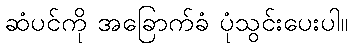
ဆံပင်ကို အခြောက်ခံ ပုံသွင်းပေးပါ။